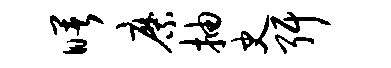
曙縻抽史弭